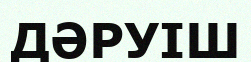
ДӘРУІШ